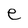
Character: e